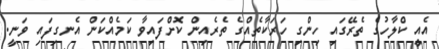
އެއީ ކްލާހުގެ ތެރޭގައި ހިންގި ހަރަކާތެއްގެ ތެރެއިން ކޮށްފައިވާ ކަމެއްކަން އެނގިފައި ވަނީ.